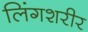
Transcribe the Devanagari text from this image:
लिंगशरीर